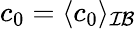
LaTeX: c_{0}=\langle c_{0}\rangle_{\mathcal{IB}}